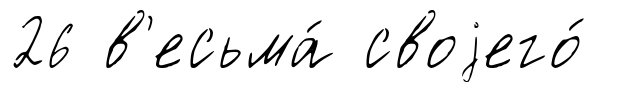
26 в'есьма́ своjего́